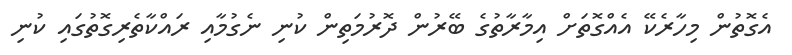
އެގޮތުން މިހާރެކޭ އެއްގޮތަށް އިމާރާތުގެ ބޭރުން ދޮރުމަތިން ކުނި ނެގުމާއި ރައްކާތެރިގޮތުގައި ކުނި